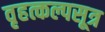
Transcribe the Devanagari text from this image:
वृहत्कल्पसूत्र